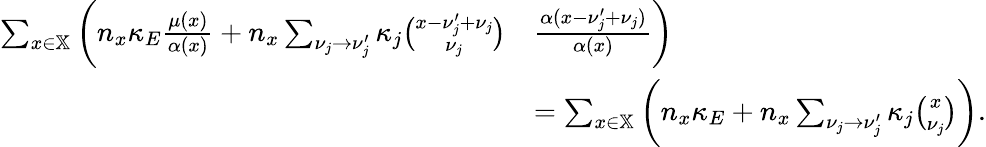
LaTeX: \begin{array}{rl}{\sum_{x\in\mathbb X}\bigg(n_{x}\kappa_{E}\frac{\mu(x)}{\alpha(x)}+n_{x}\sum_{\nu_{j}\to\nu_{j}^{\prime}}\kappa_{j}\binom{x-\nu_{j}^{\prime}+\nu_{j}}{\nu_{j}}}&{\frac{\alpha(x-\nu_{j}^{\prime}+\nu_{j})}{\alpha(x)}\bigg)}\\ &{=\sum_{x\in\mathbb X}\bigg(n_{x}\kappa_{E}+n_{x}\sum_{\nu_{j}\to\nu_{j}^{\prime}}\kappa_{j}\binom{x}{\nu_{j}}\bigg).}\end{array}